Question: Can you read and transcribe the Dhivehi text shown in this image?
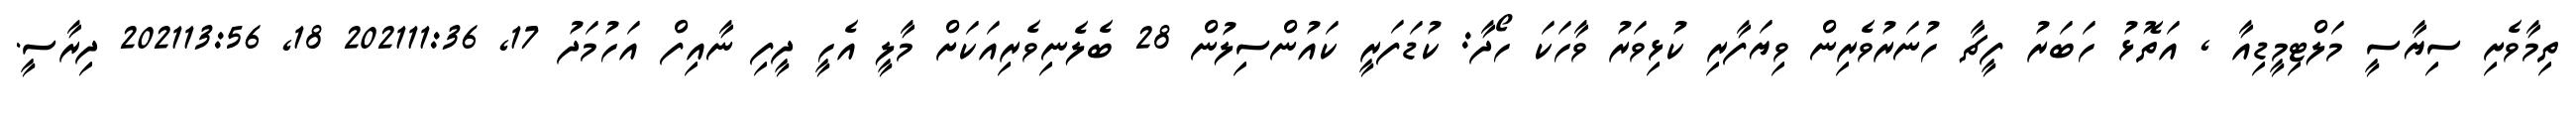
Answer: ތިމާވެށި ސިޔާސީ މަލްޓިމީޑިއާ , އަތޮޅު ހަބަރު ފީޗާ ހުނަރުވެރިން ވިޔަފާރި ކުޅިވަރު ވާހަކަ ހޯދާ: ކުޑަފަރީ ކައުންސިލުން 28 ބެލެނިވެރިއަކަށް މާލީ އެހީ ދީފި ނާއިފް އަހުމަދު 17, 202111:36 18, 202113:56 ދިރާސީ.